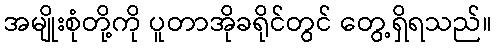
အမျိုးစုံတို့ကို ပူတာအိုခရိုင်တွင် တွေ့ရှိရသည်။